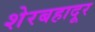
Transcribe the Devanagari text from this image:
शेरबहादूर